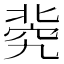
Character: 𥦚